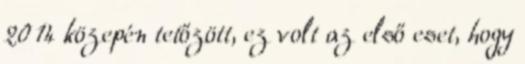
2014 közepén tetőzött, ez volt az első eset, hogy